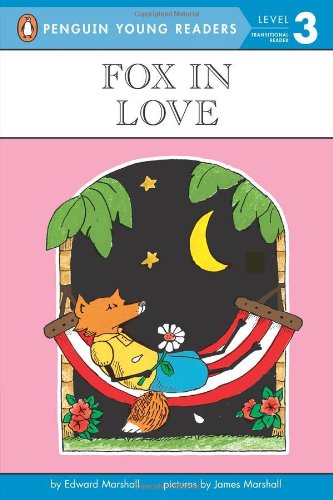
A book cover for Fox in Love (Penguin Young Readers, Level 3); Edward Marshall; Children's Books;